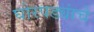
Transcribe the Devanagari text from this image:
घोरपड्यांचे